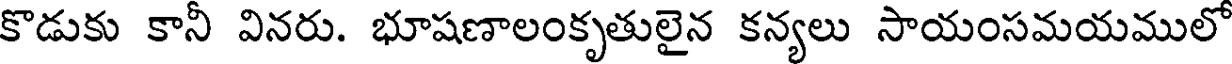
కొడుకు కానీ వినరు. భూషణాలంకృతులైన కన్యలు సాయంసమయములో